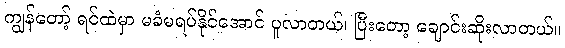
ကျွန်တော့် ရင်ထဲမှာ မခံမရပ်နိုင်အောင် ပူလာတယ်၊ ပြီးတော့ ချောင်းဆိုးလာတယ်။